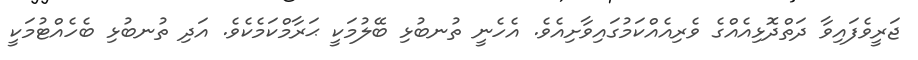
ޖަރީވެފައިވާ ދަތްދޮޅިއެއްގެ ވެރިއެއްކަމުގައިވާށިއެވެ. އެހެނީ ތުނބުޅި ބޭލުމަކީ ޙަރާމްކަމެކެވެ. އަދި ތުނބުޅި ބެހެއްޓުމަކީ